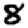
Digit: 8